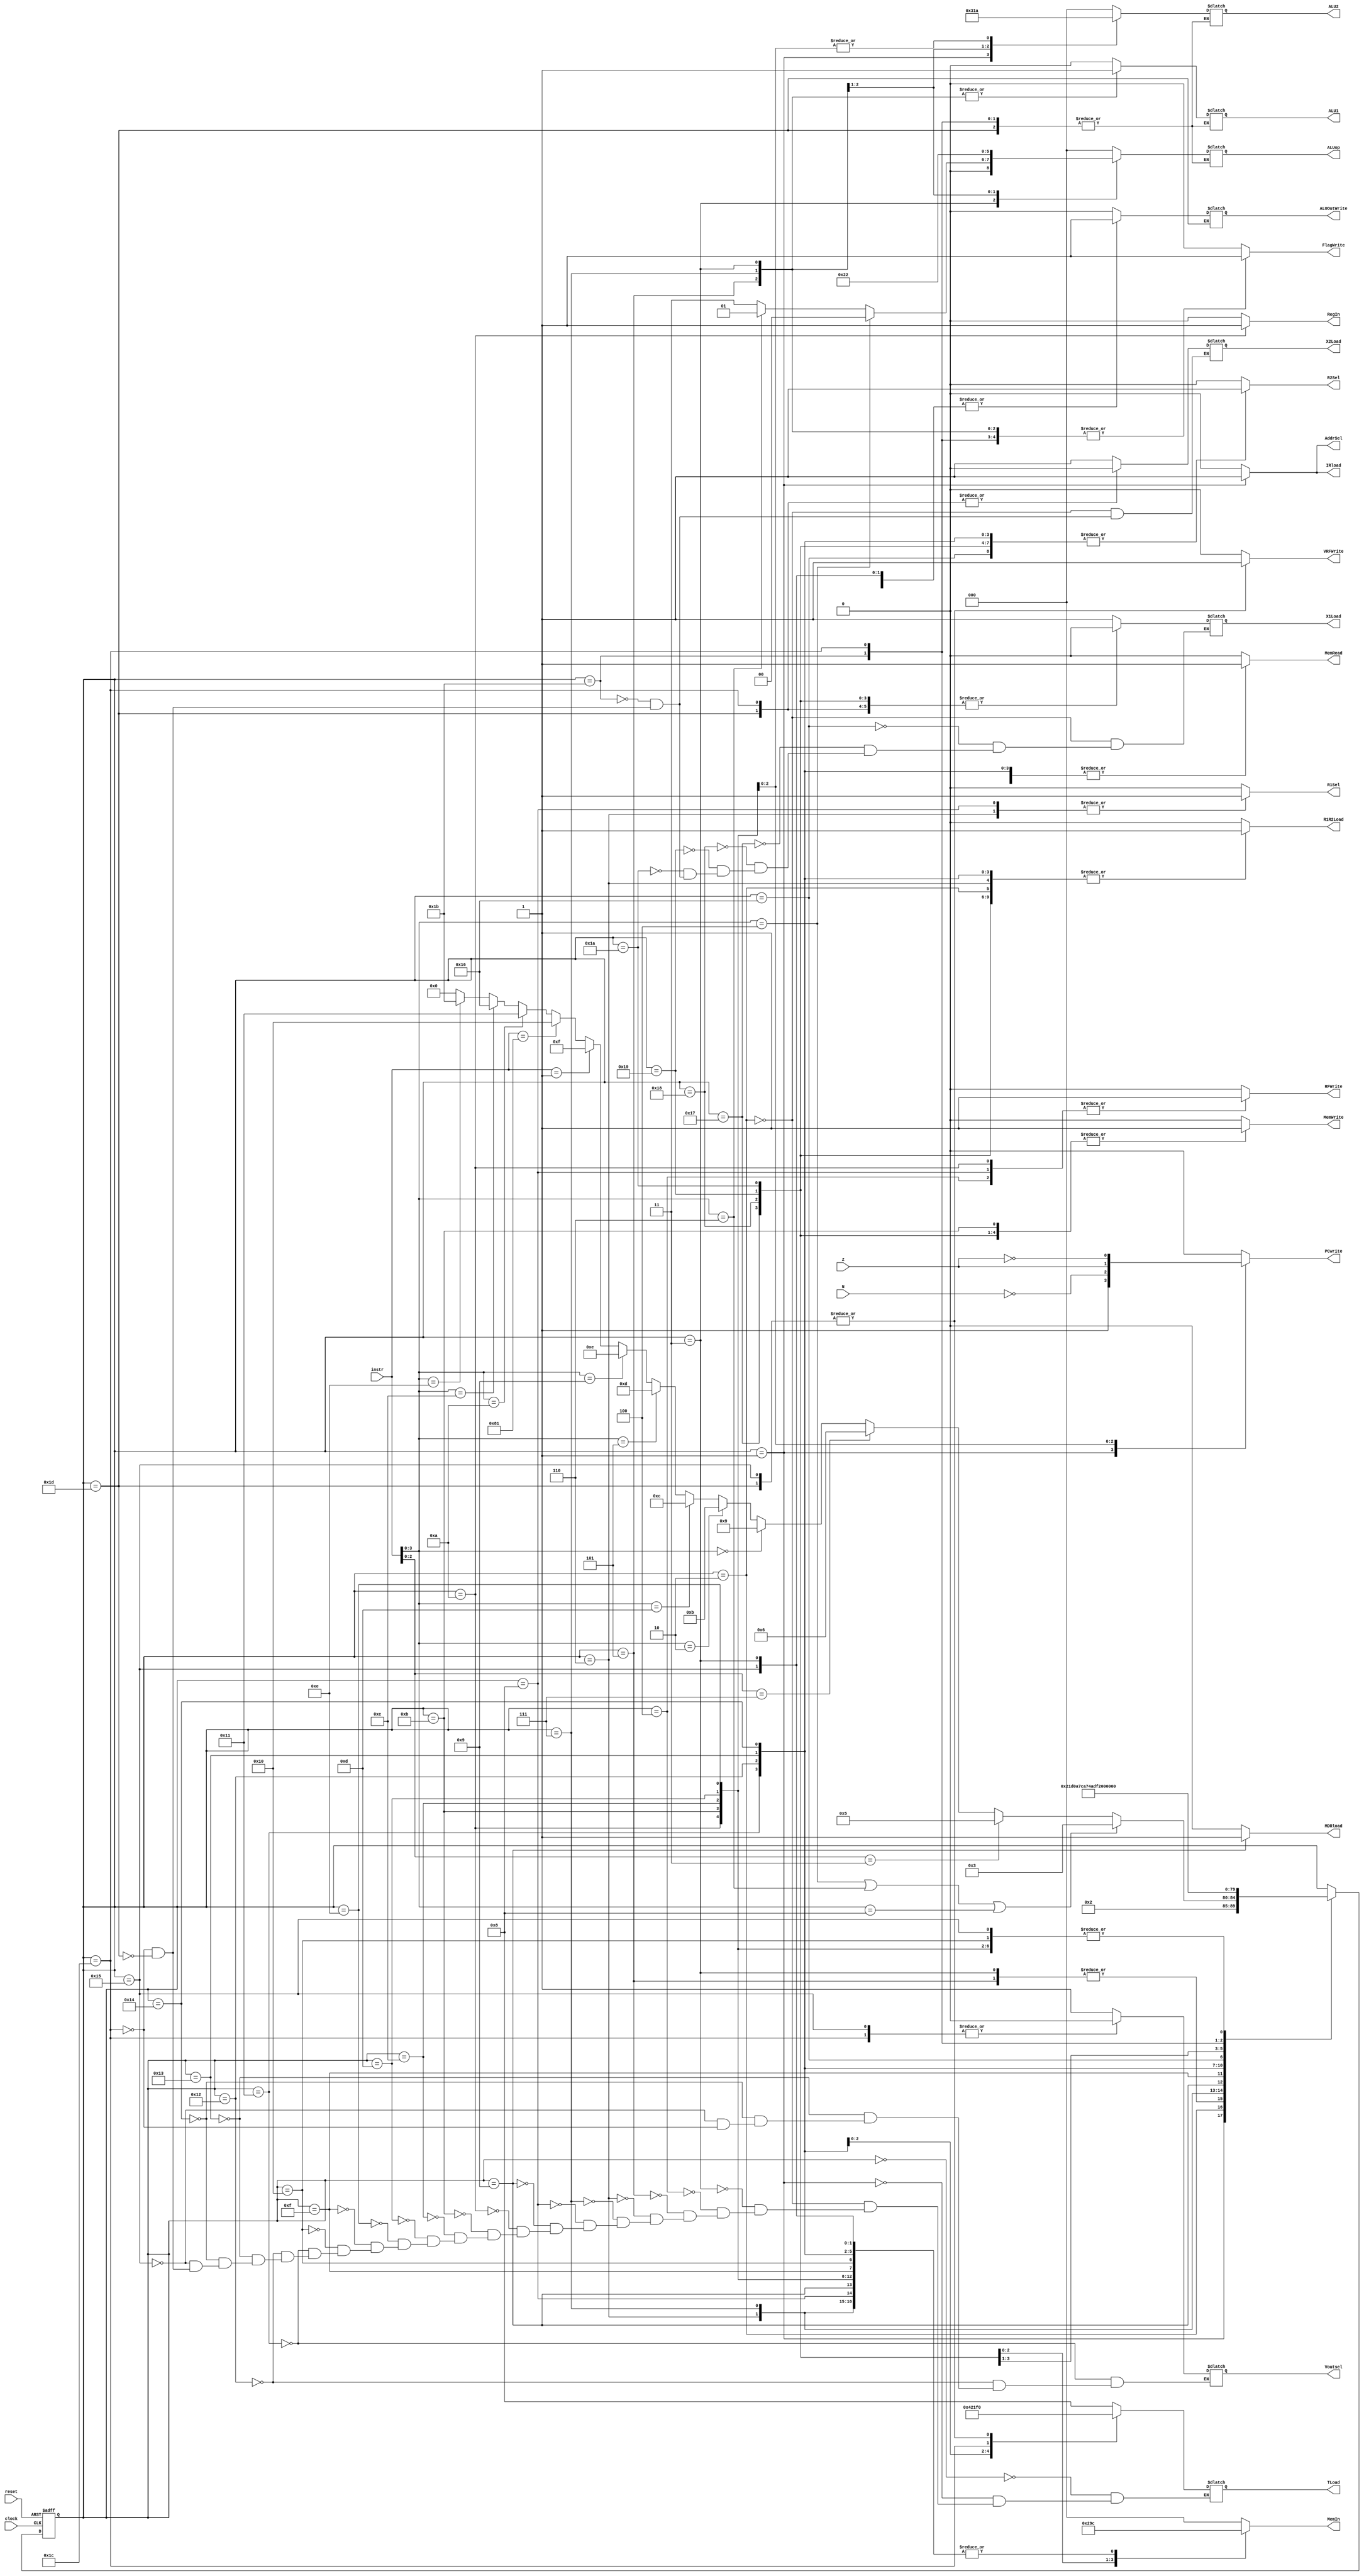
// ---------------------------------------------------------------------
// Copyright (c) 2007 by University of Toronto ECE 243 development team 
// ---------------------------------------------------------------------
//
// Major Functions:	control processor's datapath
// 
// Input(s):	1. instr: input is used to determine states
//				2. N: if branches, input is used to determine if
//					  negative condition is true
//				3. Z: if branches, input is used to determine if 
//					  zero condition is true
//
// Output(s):	control signals
//
//				** More detail can be found on the course note under
//				   "Multi-Cycle Implementation: The Control Unit"
//
// ---------------------------------------------------------------------

module FSM
(
reset, instr, clock,
N, Z,
PCwrite, AddrSel, MemRead,
MemWrite, IRload, R1Sel, MDRload,
R1R2Load, ALU1, ALU2, ALUop,
ALUOutWrite, RFWrite, RegIn, FlagWrite, 
VRFWrite, MemIn, Voutsel,
R2Sel, X1Load, X2Load, TLoad
);

	input	[7:0] instr;
	input	N, Z;
	input	reset, clock;
	output	PCwrite, AddrSel, MemRead, MemWrite, IRload, R1Sel, MDRload;
	output	R1R2Load, ALU1, ALUOutWrite, RFWrite, RegIn, FlagWrite;
	// new outputs. 
	output VRFWrite, Voutsel, R2Sel, X1Load, X2Load; 
	output [3:0] TLoad; 
	output [2:0] MemIn;
	output	[2:0] ALU2, ALUop;
	reg [4:0]	state;
	reg	PCwrite, AddrSel, MemRead, MemWrite, IRload, R1Sel, MDRload;
	reg	R1R2Load, ALU1, ALUOutWrite, RFWrite, RegIn, FlagWrite;
	reg   VRFWrite, Voutsel, R2Sel, X1Load, X2Load; 
	reg [3:0] TLoad; 
	reg [2:0] MemIn; 
	reg	[2:0] ALU2, ALUop;
	
	
	// state constants (note: asn = add/sub/nand, asnsh = add/sub/nand/shift)
	parameter [5:0] reset_s = 0, c1 = 1, c2 = 2, c3_asn = 3,
					c4_asnsh = 4, c3_shift = 5, c3_ori = 6,
					c4_ori = 7, c5_ori = 8, c3_load = 9, c4_load = 10,
					c3_store = 11, c3_bpz = 12, c3_bz = 13, c3_bnz = 14, c3_stop = 15, c3_nop = 16, 
					c3_vload = 17, c4_vload = 18, c5_vload= 19, c6_vload = 20, c7_vload = 21, 
					c3_vstore = 22, c4_vstore = 23, c5_vstore = 24, c6_vstore = 25, c7_vstore = 26, c3_vadd = 27, c4_vadd = 28, c5_vadd = 29; 
	
	// determines the next state based upon the current state; supports
	// asynchronous reset
	always @(posedge clock or posedge reset)
	begin
		if (reset) state = reset_s;
		else
		begin
			case(state)
				reset_s:	state = c1; 		// reset state
				c1:			state = c2; 		// cycle 1
				c2:			begin				// cycle 2
								if(instr[3:0] == 4'b0100 | instr[3:0] == 4'b0110 | instr[3:0] == 4'b1000) state = c3_asn;
								else if( instr[2:0] == 3'b011 ) state = c3_shift;
								else if( instr[2:0] == 3'b111 ) state = c3_ori;
								else if( instr[3:0] == 4'b0000 ) state = c3_load;
								else if( instr[3:0] == 4'b0010 ) state = c3_store;
								else if( instr[3:0] == 4'b1101 ) state = c3_bpz;
								else if( instr[3:0] == 4'b0101 ) state = c3_bz;
								else if( instr[3:0] == 4'b1001 ) state = c3_bnz;
								else if( instr[7:0] == 8'b00000001 ) state = c3_stop;
								else if( instr[7:0] == 8'b10000001) state = c3_nop;
								else if( instr[3:0] == 4'b1010) state = c3_vload; 
								else if( instr[3:0] == 4'b1100) state = c3_vstore; 
								else if( instr[3:0] == 4'b1110) state = c3_vadd; 
								else state = 0;
							end
				c3_asn:		state = c4_asnsh;	// cycle 3: ADD SUB NAND
				c4_asnsh:	state = c1;			// cycle 4: ADD SUB NAND/SHIFT
				c3_shift:	state = c4_asnsh;	// cycle 3: SHIFT
				c3_ori:		state = c4_ori;		// cycle 3: ORI
				c4_ori:		state = c5_ori;		// cycle 4: ORI
				c5_ori:		state = c1;			// cycle 5: ORI
				c3_load:	state = c4_load;	// cycle 3: LOAD
				c4_load:	state = c1; 		// cycle 4: LOAD
				c3_store:	state = c1; 		// cycle 3: STORE
				c3_bpz:		state = c1; 		// cycle 3: BPZ
				c3_bz:		state = c1; 		// cycle 3: BZ
				c3_bnz:		state = c1; 		// cycle 3: BNZ
				c3_stop:    state = c3_stop;  // dont process anymore.
				c3_nop:     state = c1; 
				c3_vload: state = c4_vload; // cycle 3: VLOAD
				c4_vload: state = c5_vload; 
				c5_vload: state = c6_vload; 
				c6_vload: state = c7_vload; 
				c7_vload: state = c1; 
				c3_vstore: state = c4_vstore; 
				c4_vstore: state = c5_vstore; 
				c5_vstore: state = c6_vstore; 
				c6_vstore: state = c7_vstore; 
				c7_vstore: state = c1; 
				c3_vadd: state = c4_vadd; 
				c4_vadd: state = c5_vadd; 
				c5_vadd: state = c1; 
			endcase
		end
	end

	// sets the control sequences based upon the current state and instruction
	always @(*)
	begin
		case (state)
			reset_s:	//control = 19'b0000000000000000000;
				begin
					PCwrite = 0;
					AddrSel = 0;
					MemRead = 0;
					MemWrite = 0;
					IRload = 0;
					R1Sel = 0;
					MDRload = 0;
					R1R2Load = 0;
					ALU1 = 0;
					ALU2 = 3'b000;
					ALUop = 3'b000;
					ALUOutWrite = 0;
					RFWrite = 0;
					RegIn = 0;
					FlagWrite = 0;
					MemIn = 3'b000; 
					R2Sel = 0; 
					VRFWrite = 0;
					TLoad = 4'b1000;
				end					
			c1: 		//control = 19'b1110100000010000000;
				begin
					PCwrite = 1;
					AddrSel = 1;
					MemRead = 1;
					MemWrite = 0;
					IRload = 1;
					R1Sel = 0;
					MDRload = 0;
					R1R2Load = 0;
					ALU1 = 0;
					ALU2 = 3'b001;
					ALUop = 3'b000;
					ALUOutWrite = 0;
					RFWrite = 0;
					RegIn = 0;
					FlagWrite = 0;
					MemIn = 3'b000;  // doesnt actually matter here 
					R2Sel = 0; 
					VRFWrite = 0;
					TLoad = 4'b1000;
				end	
			c2: 		//control = 19'b0000000100000000000;
				begin
					PCwrite = 0;
					AddrSel = 0;
					MemRead = 0;
					MemWrite = 0;
					IRload = 0;
					R1Sel = 0;
					MDRload = 0;
					R1R2Load = 1;
					ALU1 = 0;
					ALU2 = 3'b000;
					ALUop = 3'b000;
					ALUOutWrite = 0;
					RFWrite = 0;
					RegIn = 0;
					FlagWrite = 0;
					MemIn = 3'b000; 
					R2Sel = 0; 
					VRFWrite = 0;
					X1Load = 1;  
					X2Load = 1; 
					TLoad = 4'b1000;
				end
			c3_asn:		begin
							if ( instr[3:0] == 4'b0100 ) 		// add
								//control = 19'b0000000010000001001;
							begin
								PCwrite = 0;
								AddrSel = 0;
								MemRead = 0;
								MemWrite = 0;
								IRload = 0;
								R1Sel = 0;
								MDRload = 0;
								R1R2Load = 0;
								ALU1 = 1;
								ALU2 = 3'b000;
								ALUop = 3'b000;
								ALUOutWrite = 1;
								RFWrite = 0;
								RegIn = 0;
								FlagWrite = 1;
								MemIn = 3'b100; // default to 100 for old datapath instructions. 
								R2Sel = 0; // default to 0 for old instructions
								VRFWrite = 0;
								TLoad = 4'b1000;
							end	
							else if ( instr[3:0] == 4'b0110 ) 	// sub
								//control = 19'b0000000010000011001;
							begin
								PCwrite = 0;
								AddrSel = 0;
								MemRead = 0;
								MemWrite = 0;
								IRload = 0;
								R1Sel = 0;
								MDRload = 0;
								R1R2Load = 0;
								ALU1 = 1;
								ALU2 = 3'b000;
								ALUop = 3'b001;
								ALUOutWrite = 1;
								RFWrite = 0;
								RegIn = 0;
								FlagWrite = 1;
								MemIn = 3'b100; // default to 100 for old datapath instructions. 
								R2Sel = 0; // default to 0 for old instructions
								VRFWrite = 0;
								TLoad = 4'b1000;
							end
							else 							// nand
								//control = 19'b0000000010000111001;
							begin
								PCwrite = 0;
								AddrSel = 0;
								MemRead = 0;
								MemWrite = 0;
								IRload = 0;
								R1Sel = 0;
								MDRload = 0;
								R1R2Load = 0;
								ALU1 = 1;
								ALU2 = 3'b000;
								ALUop = 3'b011;
								ALUOutWrite = 1;
								RFWrite = 0;
								RegIn = 0;
								FlagWrite = 1;
								MemIn = 3'b100; // default to 100 for old datapath instructions. 
								R2Sel = 0; // default to 0 for old instructions
								VRFWrite = 0;
								TLoad = 4'b1000;
							end
				   		end
			c4_asnsh: 	//control = 19'b0000000000000000100;
				begin
					PCwrite = 0;
					AddrSel = 0;
					MemRead = 0;
					MemWrite = 0;
					IRload = 0;
					R1Sel = 0;
					MDRload = 0;
					R1R2Load = 0;
					ALU1 = 0;
					ALU2 = 3'b000;
					ALUop = 3'b000;
					ALUOutWrite = 0;
					RFWrite = 1;
					RegIn = 0;
					FlagWrite = 0;
					MemIn = 3'b100; // default to 100 for old datapath instructions. 
					R2Sel = 0; // default to 0 for old instructions
					VRFWrite = 0;
					TLoad = 4'b1000;
				end
			c3_shift: 	//control = 19'b0000000011001001001;
				begin
					PCwrite = 0;
					AddrSel = 0;
					MemRead = 0;
					MemWrite = 0;
					IRload = 0;
					R1Sel = 0;
					MDRload = 0;
					R1R2Load = 0;
					ALU1 = 1;
					ALU2 = 3'b100;
					ALUop = 3'b100;
					ALUOutWrite = 1;
					RFWrite = 0;
					RegIn = 0;
					FlagWrite = 1;
					MemIn = 3'b100; // default to 100 for old datapath instructions. 
					R2Sel = 0; // default to 0 for old instructions
					VRFWrite = 0;
					TLoad = 4'b1000;
				end
			c3_ori: 	//control = 19'b0000010100000000000;
				begin
					PCwrite = 0;
					AddrSel = 0;
					MemRead = 0;
					MemWrite = 0;
					IRload = 0;
					R1Sel = 1;
					MDRload = 0;
					R1R2Load = 1;
					ALU1 = 0;
					ALU2 = 3'b000;
					ALUop = 3'b000;
					ALUOutWrite = 0;
					RFWrite = 0;
					RegIn = 0;
					FlagWrite = 0;
					MemIn = 3'b100; // default to 100 for old datapath instructions. 
					R2Sel = 0; // default to 0 for old instructions
					VRFWrite = 0;
					TLoad = 4'b1000;
				end
			c4_ori: 	//control = 19'b0000000010110101001;
				begin
					PCwrite = 0;
					AddrSel = 0;
					MemRead = 0;
					MemWrite = 0;
					IRload = 0;
					R1Sel = 0;
					MDRload = 0;
					R1R2Load = 0;
					ALU1 = 1;
					ALU2 = 3'b011;
					ALUop = 3'b010;
					ALUOutWrite = 1;
					RFWrite = 0;
					RegIn = 0;
					FlagWrite = 1;
					MemIn = 3'b100; // default to 100 for old datapath instructions. 
					R2Sel = 0; // default to 0 for old instructions\
					VRFWrite = 0;
					TLoad = 4'b1000;
				end
			c5_ori: 	//control = 19'b0000010000000000100;
				begin
					PCwrite = 0;
					AddrSel = 0;
					MemRead = 0;
					MemWrite = 0;
					IRload = 0;
					R1Sel = 1;
					MDRload = 0;
					R1R2Load = 0;
					ALU1 = 0;
					ALU2 = 3'b000;
					ALUop = 3'b000;
					ALUOutWrite = 0;
					RFWrite = 1;
					RegIn = 0;
					FlagWrite = 0;
					MemIn = 3'b100; // default to 100 for old datapath instructions. 
					R2Sel = 0; // default to 0 for old instructions
					VRFWrite = 0;
					TLoad = 4'b1000;
				end
			c3_load: 	//control = 19'b0010001000000000000;
				begin
					PCwrite = 0;
					AddrSel = 0;
					MemRead = 1;
					MemWrite = 0;
					IRload = 0;
					R1Sel = 0;
					MDRload = 1;
					R1R2Load = 0;
					ALU1 = 0;
					ALU2 = 3'b000;
					ALUop = 3'b000;
					ALUOutWrite = 0;
					RFWrite = 0;
					RegIn = 0;
					FlagWrite = 0;
					MemIn = 3'b100; // default to 100 for old datapath instructions. 
					R2Sel = 0; // default to 0 for old instructions
					VRFWrite = 0;
					TLoad = 4'b1000;
				end
			c4_load: 	//control = 19'b0000000000000001110;
				begin
					PCwrite = 0;
					AddrSel = 0;
					MemRead = 0;
					MemWrite = 0;
					IRload = 0;
					R1Sel = 0;
					MDRload = 0;
					R1R2Load = 0;
					ALU1 = 0;
					ALU2 = 3'b000;
					ALUop = 3'b000;
					ALUOutWrite = 1;
					RFWrite = 1;
					RegIn = 1;
					FlagWrite = 0;
					MemIn = 3'b100; // default to 100 for old datapath instructions. 
					R2Sel = 0; // default to 0 for old instructions
					VRFWrite = 0;
					TLoad = 4'b1000;
				end
			c3_store: 	//control = 19'b0001000000000000000;
				begin
					PCwrite = 0;
					AddrSel = 0;
					MemRead = 0;
					MemWrite = 1;
					IRload = 0;
					R1Sel = 0;
					MDRload = 0;
					R1R2Load = 0;
					ALU1 = 0;
					ALU2 = 3'b000;
					ALUop = 3'b000;
					ALUOutWrite = 0;
					RFWrite = 0;
					RegIn = 0;
					FlagWrite = 0;
					MemIn = 3'b100; // default to 100 for old datapath instructions. 
					R2Sel = 0; // default to 0 for old instructions
					VRFWrite = 0;
					TLoad = 4'b1000;
				end
			c3_bpz: 	//control = {~N,18'b000000000100000000};
				begin
					PCwrite = ~N;
					AddrSel = 0;
					MemRead = 0;
					MemWrite = 0;
					IRload = 0;
					R1Sel = 0;
					MDRload = 0;
					R1R2Load = 0;
					ALU1 = 0;
					ALU2 = 3'b010;
					ALUop = 3'b000;
					ALUOutWrite = 0;
					RFWrite = 0;
					RegIn = 0;
					FlagWrite = 0;
					MemIn = 3'b100; // default to 100 for old datapath instructions. 
					R2Sel = 0; // default to 0 for old instructions
					VRFWrite = 0;
					TLoad = 4'b1000;
				end
			c3_bz: 		//control = {Z,18'b000000000100000000};
				begin
					PCwrite = Z;
					AddrSel = 0;
					MemRead = 0;
					MemWrite = 0;
					IRload = 0;
					R1Sel = 0;
					MDRload = 0;
					R1R2Load = 0;
					ALU1 = 0;
					ALU2 = 3'b010;
					ALUop = 3'b000;
					ALUOutWrite = 0;
					RFWrite = 0;
					RegIn = 0;
					FlagWrite = 0;
					MemIn = 3'b100; // default to 100 for old datapath instructions. 
					R2Sel = 0; // default to 0 for old instructions
					VRFWrite = 0;
					TLoad = 4'b1000;
				end
			c3_bnz: 	//control = {~Z,18'b000000000100000000};
				begin
					PCwrite = ~Z;
					AddrSel = 0;
					MemRead = 0;
					MemWrite = 0;
					IRload = 0;
					R1Sel = 0;
					MDRload = 0;
					R1R2Load = 0;
					ALU1 = 0;
					ALU2 = 3'b010;
					ALUop = 3'b000;
					ALUOutWrite = 0;
					RFWrite = 0;
					RegIn = 0;
					FlagWrite = 0;
					MemIn = 3'b100; // default to 100 for old datapath instructions. 
					R2Sel = 0; // default to 0 for old instructions
					VRFWrite = 0;
					TLoad = 4'b1000;
				end
			c3_stop: 	//control = {};
				begin
					PCwrite = 0;
					AddrSel = 0;
					MemRead = 0;
					MemWrite = 0;
					IRload = 0;
					R1Sel = 0;
					MDRload = 0;
					R1R2Load = 0;
					ALU1 = 0;
					ALU2 = 3'b000;
					ALUop = 3'b000;
					ALUOutWrite = 0;
					RFWrite = 0;
					RegIn = 0;
					FlagWrite = 0;
					MemIn = 3'b100; // default to 100 for old datapath instructions. 
					R2Sel = 0; // default to 0 for old instructions
					VRFWrite = 0;
					TLoad = 4'b1000;
				end
			c3_nop: 	//control = {};
				begin
					PCwrite = 0;
					AddrSel = 0;
					MemRead = 0;
					MemWrite = 0;
					IRload = 0;
					R1Sel = 0;
					MDRload = 0;
					R1R2Load = 0;
					ALU1 = 0;
					ALU2 = 3'b000;
					ALUop = 3'b000;
					ALUOutWrite = 0;
					RFWrite = 0;
					RegIn = 0;
					FlagWrite = 0;
					MemIn = 3'b100; // default to 100 for old datapath instructions. 
					R2Sel = 0; // default to 0 for old instructions
					VRFWrite = 0;
					TLoad = 4'b1000;
				end
			c3_vload: 	//control = 19'b0010001000000000000;
				begin
					PCwrite = 0;
					AddrSel = 0;
					MemRead = 1;
					MemWrite = 0;
					IRload = 0;
					R1Sel = 0;
					MDRload = 0;
					R1R2Load = 1; 
					ALU1 = 0;
					ALU2 = 3'b000;
					ALUop = 3'b000;
					ALUOutWrite = 0;
					RFWrite = 0;
					RegIn = 0;
					FlagWrite = 0;
					MemIn = 3'b100; 
					R2Sel = 1; 
					VRFWrite = 0;
					Voutsel = 1;  
					TLoad = 4'b1000; // save result to T0
				end
			c4_vload: 	//control = 19'b0010001000000000000;
				begin
					PCwrite = 0;
					AddrSel = 0;
					MemRead = 1;
					MemWrite = 0;
					IRload = 0;
					R1Sel = 0;
					MDRload = 0;
					R1R2Load = 1; // R2 = R2 + 1
					ALU1 = 0;
					ALU2 = 3'b000;
					ALUop = 3'b000;
					ALUOutWrite = 0;
					RFWrite = 0;
					RegIn = 0;
					FlagWrite = 0;
					MemIn = 3'b100; 
					R2Sel = 1; 
					VRFWrite = 0;
					Voutsel = 1;  
					TLoad = 4'b0100; // save result to T1
				end
			c5_vload: 	//control = 19'b0010001000000000000;
				begin
					PCwrite = 0;
					AddrSel = 0;
					MemRead = 1;
					MemWrite = 0;
					IRload = 0;
					R1Sel = 0;
					MDRload = 0;
					R1R2Load = 1; // R2 = R2 + 1
					ALU1 = 0;
					ALU2 = 3'b000;
					ALUop = 3'b000;
					ALUOutWrite = 0;
					RFWrite = 0;
					RegIn = 0;
					FlagWrite = 0;
					MemIn = 3'b100; 
					R2Sel = 1; 
					VRFWrite = 0;
					Voutsel = 1;  
					TLoad = 4'b0010; // save result to T2
				end
			c6_vload: 	//control = 19'b0010001000000000000;
				begin
					PCwrite = 0;
					AddrSel = 0;
					MemRead = 1;
					MemWrite = 0;
					IRload = 0;
					R1Sel = 0;
					MDRload =0;
					R1R2Load = 1; // R2 = R2 + 1
					ALU1 = 0;
					ALU2 = 3'b000;
					ALUop = 3'b000;
					ALUOutWrite = 0;
					RFWrite = 0;
					RegIn = 0;
					FlagWrite = 0;
					MemIn = 3'b100; 
					R2Sel = 1; 
					VRFWrite = 0;
					Voutsel = 1;  
					TLoad = 4'b0001; // save result to T3
				end
			c7_vload: 	//control = 19'b0000000000000001110;
				begin
					PCwrite = 0;
					AddrSel = 0;
					MemRead = 0;
					MemWrite = 0;
					IRload = 0;
					R1Sel = 0;
					MDRload = 0;
					R1R2Load = 0;
					ALU1 = 0;
					ALU2 = 3'b000;
					ALUop = 3'b000;
					ALUOutWrite = 1;
					RFWrite = 0;
					RegIn = 0;
					FlagWrite = 0;
					MemIn = 3'b100; 
					R2Sel = 0; 
					VRFWrite = 1;
					Voutsel = 0;  
					TLoad = 4'b0000;  // after this the value should be stored inside VRF. 
				end
			c3_vstore:
				begin
					PCwrite = 0;
					AddrSel = 0;
					MemRead = 0;
					MemWrite = 0;
					IRload = 0;
					R1Sel = 0;
					MDRload = 0;
					R1R2Load = 0;
					ALU1 = 0;
					ALU2 = 3'b000;
					ALUop = 3'b000;
					ALUOutWrite = 0;
					RFWrite = 0;
					RegIn = 0;
					FlagWrite = 0;
					MemIn = 3'b000;   
					R2Sel = 1; 
					VRFWrite = 0;
					X1Load = 1; // get vreg into X1
					
				end
			c4_vstore:
				begin
					PCwrite = 0;
					AddrSel = 0;
					MemRead = 0;
					MemWrite = 1;
					IRload = 0;
					R1Sel = 0;
					MDRload = 0;
					R1R2Load = 1; // R2 = R2 + 1
					ALU1 = 0;
					ALU2 = 3'b000;
					ALUop = 3'b000;
					ALUOutWrite = 0;
					RFWrite = 0;
					RegIn = 0;
					FlagWrite = 0;
					MemIn = 3'b000;  // first byte stored to memory 
					R2Sel = 1; // choose added value
					VRFWrite = 0;
					X1Load = 0; // already have values in X1
				end
			c5_vstore:
				begin
					PCwrite = 0;
					AddrSel = 0;
					MemRead = 0;
					MemWrite = 1;
					IRload = 0;
					R1Sel = 0;
					MDRload = 0;
					R1R2Load = 1; // R2 = R2 + 1
					ALU1 = 0;
					ALU2 = 3'b000;
					ALUop = 3'b000;
					ALUOutWrite = 0;
					RFWrite = 0;
					RegIn = 0;
					FlagWrite = 0;
					MemIn = 3'b001;  // second byte stored to memory 
					R2Sel = 1; // choose added value
					VRFWrite = 0;
					X1Load = 0; // already have values in X1
				end
			c6_vstore:
				begin
					PCwrite = 0;
					AddrSel = 0;
					MemRead = 0;
					MemWrite = 1;
					IRload = 0;
					R1Sel = 0;
					MDRload = 0;
					R1R2Load = 1; // R2 = R2 + 1
					ALU1 = 0;
					ALU2 = 3'b000;
					ALUop = 3'b000;
					ALUOutWrite = 0;
					RFWrite = 0;
					RegIn = 0;
					FlagWrite = 0;
					MemIn = 3'b010;  // third byte stored to memory 
					R2Sel = 1; // choose added value
					VRFWrite = 0;
					X1Load = 0; // already have values in X1
				end
			c7_vstore:
				begin
					PCwrite = 0;
					AddrSel = 0;
					MemRead = 0;
					MemWrite = 1;
					IRload = 0;
					R1Sel = 0;
					MDRload = 0;
					R1R2Load = 1; // R2 = R2 + 1
					ALU1 = 0;
					ALU2 = 3'b000;
					ALUop = 3'b000;
					ALUOutWrite = 0;
					RFWrite = 0;
					RegIn = 0;
					FlagWrite = 0;
					MemIn = 3'b011;  // fourth byte stored to memory 
					R2Sel = 1; // choose added value
					VRFWrite = 0;
					X1Load = 0; // already have values in X1
				end
			c3_vadd:  // load into X1, X2
			begin
					PCwrite = 0;
					AddrSel = 0;
					MemRead = 0;
					MemWrite = 0;
					IRload = 0;
					R1Sel = 0;
					MDRload = 0;
					R1R2Load = 0;
					ALUOutWrite = 0;
					RFWrite = 0;
					RegIn = 0;
					FlagWrite = 1;
					MemIn = 3'b100; // default to 100 for old datapath instructions. 
					R2Sel = 0; // default to 0 for old instructions
					VRFWrite = 0;
					X1Load = 1;
					X2Load = 1;
				end	
			c4_vadd: // store values from adders into T0 - T3
			begin
					PCwrite = 0;
					AddrSel = 0;
					MemRead = 0;
					MemWrite = 0;
					IRload = 0;
					R1Sel = 0;
					MDRload = 0;
					R1R2Load = 0;
					ALUOutWrite = 1;
					RFWrite = 0;
					RegIn = 0;
					FlagWrite = 1;
					MemIn = 3'b100; // default to 100 for old datapath instructions. 
					R2Sel = 0; // default to 0 for old instructions
					Voutsel = 0;  // values from adder
					TLoad = 4'b1111;
					X1Load = 0;
					X2Load = 0;
					VRFWrite = 0;
				end	
			c5_vadd:  // store result back into VRF 
			begin
					PCwrite = 0;
					AddrSel = 0;
					MemRead = 0;
					MemWrite = 0;
					IRload = 0;
					R1Sel = 0;
					MDRload = 0;
					R1R2Load = 0;
					RFWrite = 0;
					RegIn = 0;
					FlagWrite = 0;
					MemIn = 3'b100; // default to 100 for old datapath instructions. 
					R2Sel = 0; // default to 0 for old instructions
					TLoad = 4'b0000;
					X1Load = 0;
					X2Load = 0;
					VRFWrite = 1;
				end
			default:	//control = 19'b0000000000000000000;
				begin
					PCwrite = 0;
					AddrSel = 0;
					MemRead = 0;
					MemWrite = 0;
					IRload = 0;
					R1Sel = 0;
					MDRload = 0;
					R1R2Load = 0;
					ALU1 = 0;
					ALU2 = 3'b000;
					ALUop = 3'b000;
					ALUOutWrite = 0;
					RFWrite = 0;
					RegIn = 0;
					FlagWrite = 0;
					MemIn = 3'b000;
					R2Sel = 0; 
					VRFWrite = 0;
				end
		endcase
	end
	
endmodule